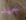
جيد